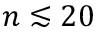
n \lesssim 2 0